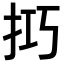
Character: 𢫚